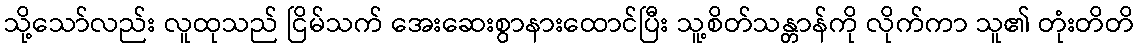
သို့သော်လည်း လူထုသည် ငြိမ်သက် အေးဆေးစွာနားထောင်ပြီး သူ့စိတ်သန္တာန်ကို လိုက်ကာ သူ၏ တုံးတိတိ